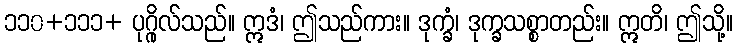
၁၁၀+၁၁၁+ ပုဂ္ဂိုလ်သည်။ ဣဒံ၊ ဤသည်ကား။ ဒုက္ခံ၊ ဒုက္ခသစ္စာတည်း။ ဣတိ၊ ဤသို့။